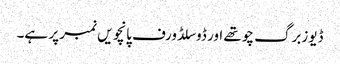
ڈیوزبرگ چوتھے اور ڈوسلڈورف پانچویں نمبر پر ہے۔